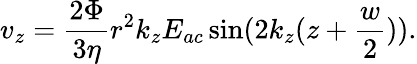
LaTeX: v_{z}=\frac{2\Phi}{3\eta}r^{2}k_{z}E_{ac}\sin(2k_{z}(z+\frac{w}{2})).